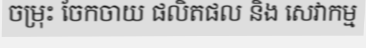
ចម្រុះ ចែកចាយ ផលិតផល និង សេវាកម្ម